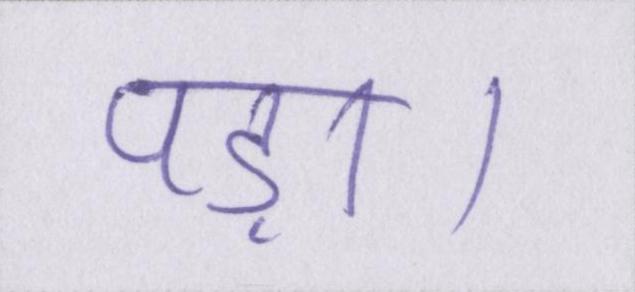
पड़ा।